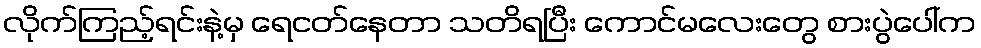
လိုက်ကြည့်ရင်းနဲ့မှ ရေငတ်နေတာ သတိရပြီး ကောင်မလေးတွေ စားပွဲပေါ်က